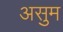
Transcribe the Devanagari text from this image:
असुम